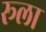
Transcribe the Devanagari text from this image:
रूला